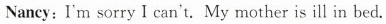
Nancy:I'm sorry I can't. My mother is ill in bed.